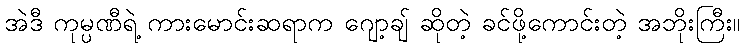
အဲဒီ ကုမ္ပဏီရဲ့ ကားမောင်းဆရာက ဂျော့ချ် ဆိုတဲ့ ခင်ဖို့ကောင်းတဲ့ အဘိုးကြီး။